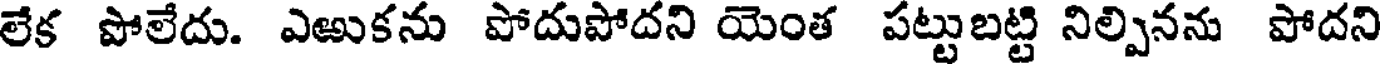
లేక పోలేదు. ఎఱుకను పోదుపోదని యెంత పట్టుబట్టి నిల్పినను పోదని